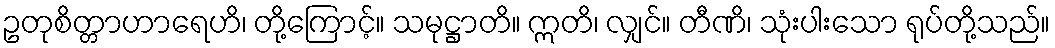
ဥတုစိတ္တာဟာရေဟိ၊ တို့ကြောင့်။ သမုဋ္ဌာတိ။ ဣတိ၊ လျှင်။ တီဏိ၊ သုံးပါးသော ရုပ်တို့သည်။